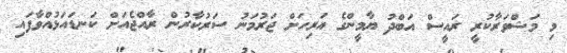
މި މަޝްވަރާކުރީ ރައީސް އަބްދު ޔާމީންގެ އަރިހަށް ޖަރުމަނު ސަރުކާރުން ރާއްޖެއަށް ކަނޑައަޅުއްވާފައި